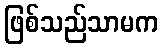
ဖြစ်သည်သာမက